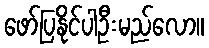
ဖော်ပြနိုင်ပါဦးမည်လော။